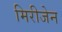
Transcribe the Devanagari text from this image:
मिरीजेन